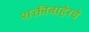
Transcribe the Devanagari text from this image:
शक्तीबाहेरचे